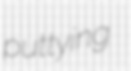
puttying